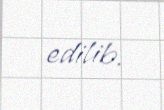
edilib.